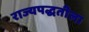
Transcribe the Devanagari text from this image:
राज्यपद्धतीला